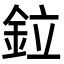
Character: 鉝